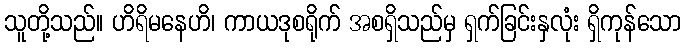
သူတို့သည်။ ဟိရိမနေဟိ၊ ကာယဒုစရိုက် အစရှိသည်မှ ရှက်ခြင်းနှလုံး ရှိကုန်သော